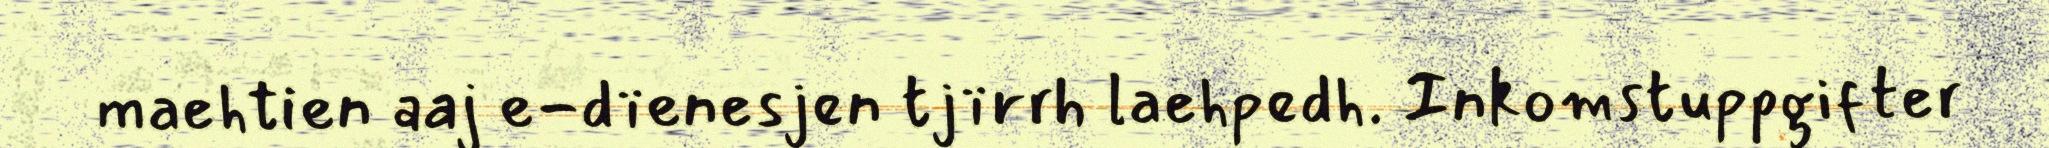
maehtien aaj e-dïenesjen tjïrrh laehpedh. Inkomstuppgifter